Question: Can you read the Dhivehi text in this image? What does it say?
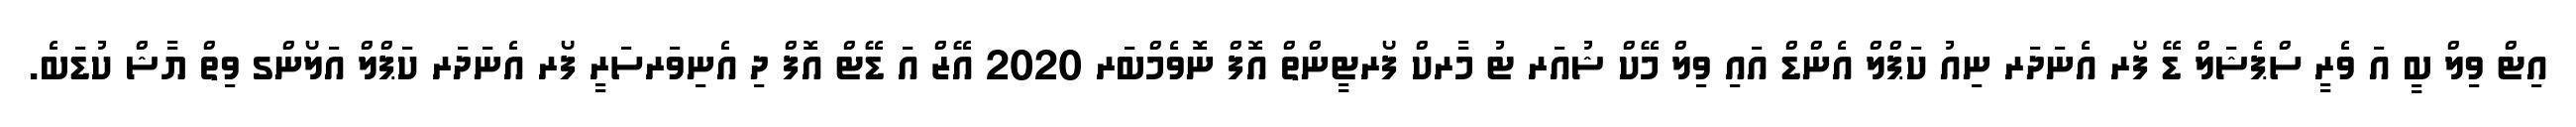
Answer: އިޓް ވިލް ބީ އަ ވެރީ ސްޕެޝަލް ޑޭ ފޯރ އެނަދަރ ނިއު ކަޕްލް އެންޑް އައި ވިލް މޭކް ޝުއަރ ޓު މާރކް ފޯރޓީންތް އޮފް ނޮވެމްބަރ 2020 އޭޒް އަ ޑޭޓް އޮފް ދި އެނިވަރސަރީ ފޯރ އެނަދަރ ކަޕްލް އަލޯންގ ވިތް ޔާޝް ކުޑަބެ.